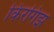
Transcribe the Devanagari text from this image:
किरगिझ